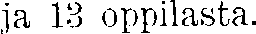
ja 13 oppilasta.